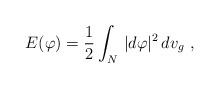
LaTeX: \begin{align*}E(\varphi)=\frac{1}{2}\int_{N}\,|d\varphi|^2\,dv_g \,\, ,\end{align*}